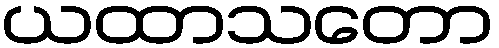
ယထာသတော